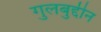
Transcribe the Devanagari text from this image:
गुलबुद्दीन